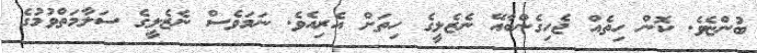
ބުންޏެވެ. ކޮން ހިތެއް ޖެހިގެންބާއޭ ނެޒެލީގެ ހިތަށް އެރިއެވެ. ނަމަވެސް ނެޒެލީގެ ސަލާމަތްވުމުގެ